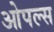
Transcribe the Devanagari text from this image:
ओपल्स